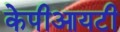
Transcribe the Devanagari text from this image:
केपीआयटी